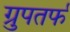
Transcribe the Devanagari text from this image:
ग्रुपतर्फ